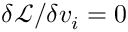
\delta \mathcal { L } / \delta v _ { i } = 0